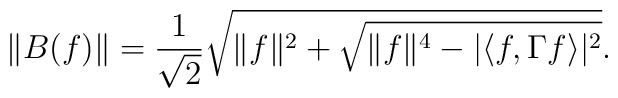
\|B(f)\|=\frac{1}{\sqrt{2}}\sqrt{\|f\|^2+\sqrt{\|f\|^4-|\langle f,\Gamma f\rangle|^2}}.